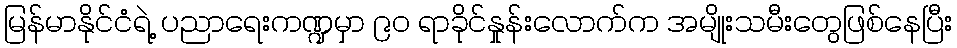
မြန်မာနိုင်ငံရဲ့ ပညာရေးကဏ္ဍမှာ ၉၀ ရာခိုင်နှုန်းလောက်က အမျိုးသမီးတွေဖြစ်နေပြီး